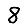
Digit: 8